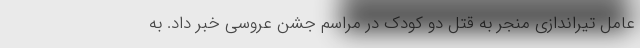
عامل تیراندازی منجر به قتل دو کودک در مراسم جشن عروسی خبر داد. به